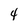
Character: 4